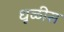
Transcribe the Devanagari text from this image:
धूळीस